Sanitation, dispensaries and jails vaccination Rajputana 1922-1927 - 1922-1927
Year: 1922
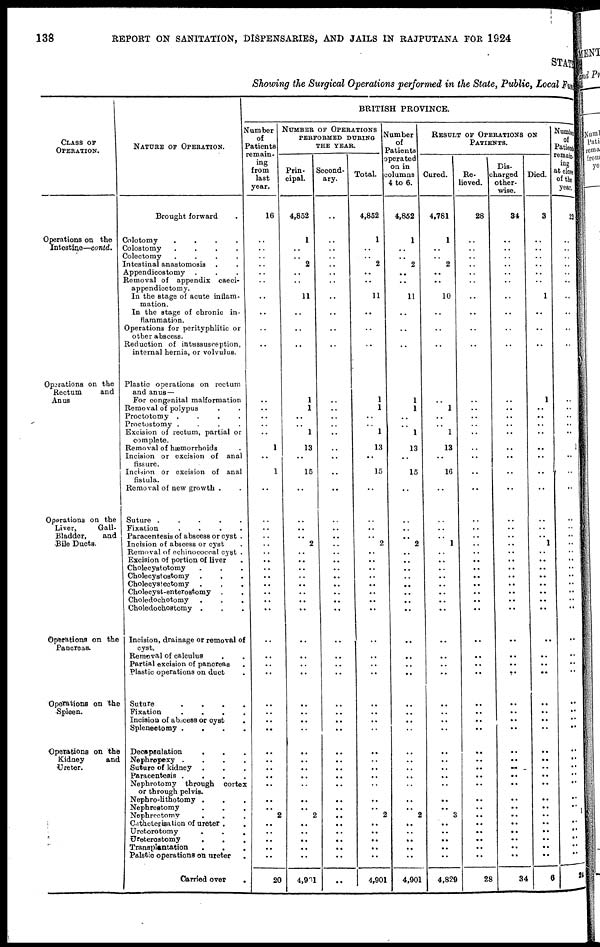
138
REPORT ON SANITATION, DISPENSARIES, AND JAILS IN RAJPUTANA FOR 1924
STATE
Showing the Surgical Operations performed in the State, Public, Local Fund
CLASS OF
OPERATION.
Operations on the
Intestine—contd.
Operations on the
Rectum and
Anus
Operations on the
Liver,
Gall¬
Bladder,
and
Bile Ducts.
Operations on the
Pancreas.
Opeations on the
Spleen.
Operations on the
Kidney
and
Ureter.
NATURE OF OPERATION.
Brought forward .
Colotomy
....
Colostomy
....
Colectomy
....
Intestinal anastomosis ..
Appendicostomy ...
Removal of appendix caeci¬
appendicetomy.
In the stage of acute inflam-
mation.
In the stage of chronic in-
flammation.
Operations for perityphlitic or
other abscess.
Reduction of intussusception,
internal hernia, or volvulus.
Plastic operations on rectum
and anus—
For congenital malformation
Removal of polypus ..
Proctotomy
....
Proctostomy
....
Excision of rectum, partial or
complete.
Removal of hæmorrhoids .
Incision or excision of anal
fissure.
Incision or excision of anal
fistula.
Removal of new growth ..
Suture
.....
Fixation
....
Paracentesis of abscess or cyst .
Incision of abscess or cyst .
Removal of echinococcal cyst .
Excision of portion of liver .
Cholecystotomy ...
Cholecystostomy ...
Cholecystectomy ...
Cholecyst-enterostomy .
Choledochotomy ...
Choledochostomy ...
Incision, drainage or removal of
cyst.
Removal of calculus ..
Partial excision of pancreas .
Plastic operations on duct .
Suture
....
Fixation
....
Incision of abscess or cyst
.
Splenectomy....
Decapsulation ...
Nephropexy ....
Suture of kidney ...
Paracentesis ....
Nephrotomy through cortex
or through pelvis.
Nephro-lithotomy ...
Nephrostomy ...
Nephrectomy ...
Catheterisation of ureter ..
Uretorotomy
...
Ureterostomy ...
Transplantation ...
Palstic operations on ureter .
Carried over
.
BRITISH PROVINCE.
Number
of
Patients
remain¬
ing
from
last
year.
16
..
..
..
..
..
..
..
..
..
..
..
..
..
..
..
1
..
1
..
..
..
..
..
..
..
..
..
..
..
..
..
..
..
..
..
..
..
..
..
..
..
..
..
..
..
..
2
..
..
..
..
..
20
NUMBER OF OPERATIONS
PERFORMED DURING
THE YEAR.
Prin¬
cipal.
4,852
1
..
..
2
..
..
11
..
..
..
1
1
..
..
1
13
..
15
..
..
..
..
2
..
..
..
..
..
..
..
..
..
..
..
..
..
..
..
..
..
..
..
..
..
..
..
2
..
..
..
..
..
4,901
Second¬
ary.
..
..
..
..
..
..
..
..
..
..
..
..
..
..
..
..
..
..
..
..
..
..
..
..
..
.. ..
..
..
..
..
..
..
..
..
..
..
..
..
..
..
..
.. ..
..
..
..
..
..
..
..
..
..
..
Total.
4,852
1
..
..
2
..
..
11
..
..
..
1
1
..
..
1
13
..
15
..
..
..
..
2
..
.. ..
..
..
..
..
..
..
..
..
..
..
..
..
..
..
..
.. ..
..
..
..
2
..
..
..
..
..
4,901
Number
of
Patients
operated
on in
columns
4 to 6.
4,852
1
..
..
2
..
..
11
..
..
..
1
1
..
..
1
13
..
15
..
..
..
..
2
..
.. ..
..
..
..
..
..
..
..
..
..
..
..
..
..
..
..
.. ..
..
..
..
2
..
..
..
..
..
4,901
RESULT OF OPERATIONS ON
PATIENTS.
Cured.
4,781
1
..
..
2
..
..
10
..
..
..
..
1
..
..
1
13
..
16
..
..
..
..
1
..
..
..
..
..
..
..
..
..
..
..
..
..
..
..
..
..
..
.. ..
..
..
..
3
..
..
..
..
..
4,829
Re¬
lieved.
28
..
..
..
..
..
..
..
..
..
..
..
..
..
..
..
..
..
..
..
..
..
..
..
..
..
..
..
..
..
..
..
..
..
..
..
..
..
..
..
..
..
..
..
..
..
..
..
..
..
..
..
..
28
Dis¬
charged
other-
wise.
34
..
..
..
.. ..
..
..
..
..
..
..
..
..
..
..
..
..
..
..
..
..
..
..
..
..
..
..
..
..
..
..
..
..
..
..
..
..
..
..
..
..
..
..
..
..
..
..
..
..
..
..
..
34
Died.
3
..
..
..
.. ..
..
1
..
..
..
1
..
..
..
..
..
..
..
..
..
..
..
1
..
..
..
..
..
..
..
..
..
..
..
..
..
..
..
..
..
..
..
..
..
..
..
..
..
..
..
..
..
6
Number
of
Patients
remain¬
ing
at close
of the
year.
23
..
..
..
..
..
..
..
..
..
..
..
..
..
..
..
1
..
..
..
..
..
..
..
..
..
.. ..
..
..
..
..
..
..
..
..
..
..
..
..
..
..
..
..
..
..
..
..
..
..
..
..
..
24